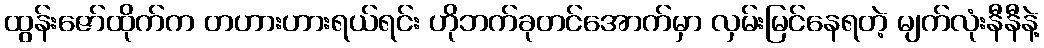
ထွန်းဇော်ထိုက်က တဟားဟားရယ်ရင်း ဟိုဘက်ခုတင်အောက်မှာ လှမ်းမြင်နေရတဲ့ မျက်လုံးနီနီနဲ့